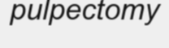
pulpectomy